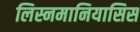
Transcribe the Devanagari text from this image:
लिस्नमानियासिस